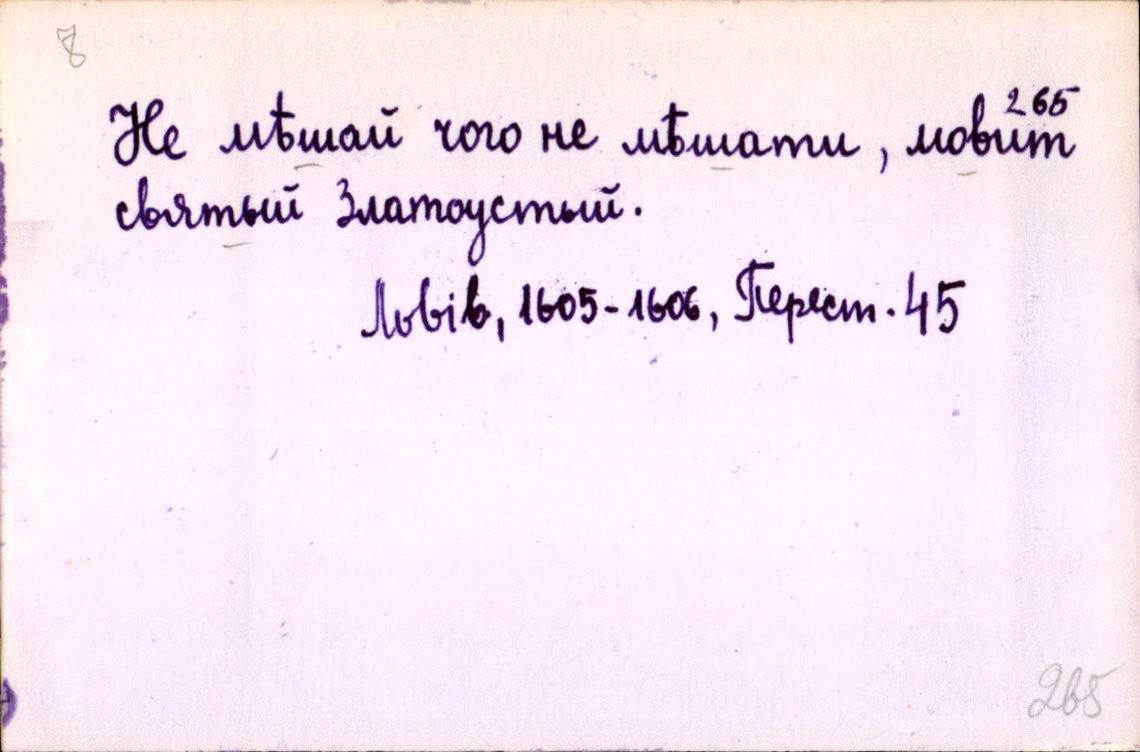
Не мѣшай чого не мѣшати, мовит
святый Златоустый.
Львів, 1605-1606, Перест. 45